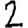
Digit: 2